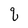
Character: q